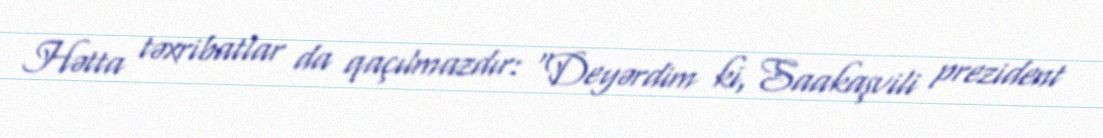
Hətta təxribatlar da qaçılmazdır: “Deyərdim ki, Saakaşvili prezident